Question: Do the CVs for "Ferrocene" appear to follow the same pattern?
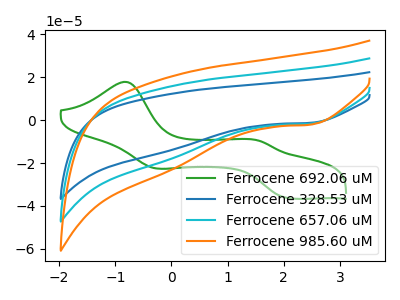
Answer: <think>The green curve "Ferrocene 692.06 uM" has anodic peaks at (-0.80V, 17.85uA) (1.55V, -9.50uA) and cathodic peaks at (-0.30V, -22.30uA) (2.10V, -36.40uA). The blue curve "Ferrocene 328.53 uM" has a cathodic peak at: (2.50V, -1.25uA). The cyan curve "Ferrocene 657.06 uM" has a cathodic peak at: (2.50V, -1.60uA). The orange curve "Ferrocene 985.60 uM" has a cathodic peak at: (2.50V, -3.20uA).
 "Ferrocene 692.06 uM" and "Ferrocene 328.53 uM" have a different number of peaks. "Ferrocene 692.06 uM" and "Ferrocene 657.06 uM" have a different number of peaks. "Ferrocene 692.06 uM" and "Ferrocene 985.60 uM" have a different number of peaks. All the peaks in "Ferrocene 328.53 uM" have a peak in "Ferrocene 657.06 uM" at the same potential. Every peak in "Ferrocene 328.53 uM" is lower than every peak in "Ferrocene 657.06 uM". All the peaks in "Ferrocene 328.53 uM" have a peak in "Ferrocene 985.60 uM" at the same potential. Every peak in "Ferrocene 328.53 uM" is lower than every peak in "Ferrocene 985.60 uM". All the peaks in "Ferrocene 657.06 uM" have a peak in "Ferrocene 985.60 uM" at the same potential. Every peak in "Ferrocene 657.06 uM" is lower than every peak in "Ferrocene 985.60 uM".</think>
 <answer>All the CV's of "Ferrocene" have similar shape.</answer>
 <eval>follow_rule</eval>